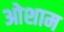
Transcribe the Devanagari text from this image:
ओशाम